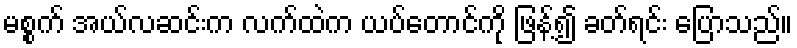
မစ္စက် အယ်လဆင်းက လက်ထဲက ယပ်တောင်ကို ဖြန့်၍ ခတ်ရင်း ပြောသည်။